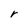
Character: r